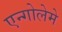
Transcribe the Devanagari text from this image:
एन्गोलेमे